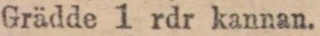
Grädde 1 rdr kannan.